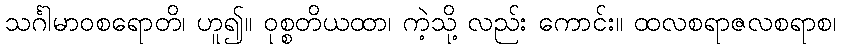
သင်္ဂါမာဝစရောတိ၊ ဟူ၍။ ဝုစ္စတိယထာ၊ ကဲ့သို့ လည်း ကောင်း။ ထလစရာဇလစရာစ၊